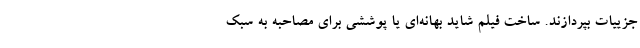
جزییات بپردازند. ساخت فیلم شاید بهانه‌ای یا پوششی برای مصاحبه به سبک